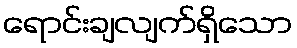
ရောင်းချလျက်ရှိသော